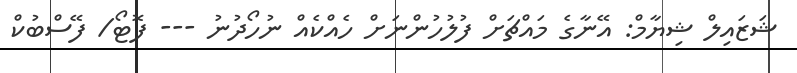
ޝަޒައިލް ޝިޔާމް: އޭނާގެ މައްޗަށް ފުލުހުންނަށް ހެއްކެއް ނުހޯދުނު --- ފޮޓޯ/ ފޭސްބުކް